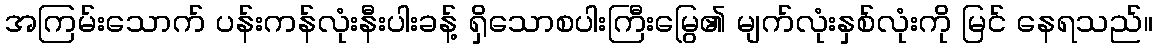
အကြမ်းသောက် ပန်းကန်လုံးနီးပါးခန့် ရှိသောစပါးကြီးမြွေ၏ မျက်လုံးနှစ်လုံးကို မြင် နေရသည်။